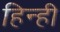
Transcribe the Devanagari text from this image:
हिन्ही